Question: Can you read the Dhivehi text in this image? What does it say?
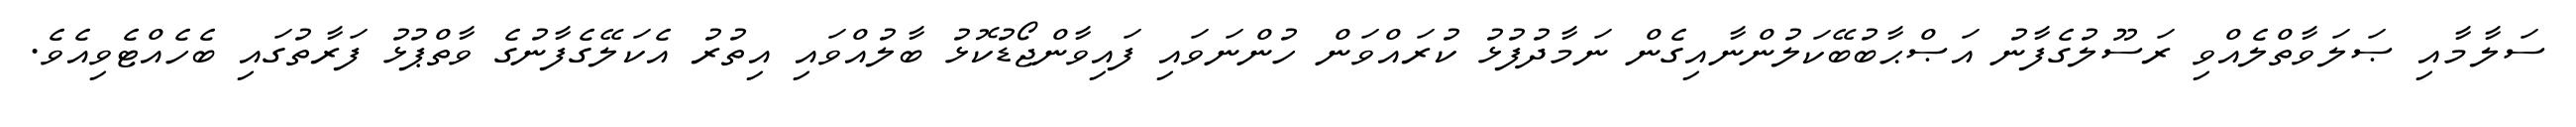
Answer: ސަލާމާއި ޞަލަވާތްލެއްވި ރަސޫލުގެފާނު އަޞްޙާބުބޭކަލުންނާއިގެން ނަމާދުފުޅު ކުރައްވަން ހުންނަވައި ފައިވާންޖޯޑުކޮޅު ބާލުއްވައި އިތުރު އެކަލޭގެފާނުގެ ވާތްޕުޅު ފަރާތުގައި ބެހެއްޓެވިއެވެ.